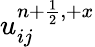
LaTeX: u_{ij}^{{n+\frac{1}{2}},+x}